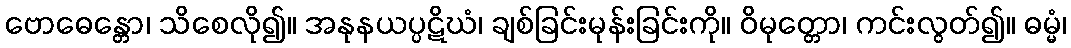
ဗောဓေန္တော၊ သိစေလို၍။ အနုနယပ္ပဋိဃံ၊ ချစ်ခြင်းမုန်းခြင်းကို။ ဝိမုတ္တော၊ ကင်းလွတ်၍။ ဓမ္မံ၊